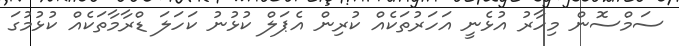
ސަމްސޮން މިހާރު އުޅެނީ އަހަރުތަކެއް ކުރިން އެޕަލް ކުޅުނު ކަހަލަ ޑްރާމާތަކެއް ކުޅުމުގަ